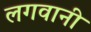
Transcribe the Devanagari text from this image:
लगवानी